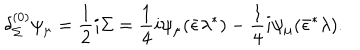
LaTeX: { \delta _ { \Sigma } ^ { ( 0 ) } \psi _ { \mu } = { \frac { 1 } { 2 } } i \Sigma = { \frac { 1 } { 4 } } i \psi _ { \mu } ( \bar { \epsilon } \lambda ^ { * } ) - { \frac { 1 } { 4 } } i \psi _ { \mu } ( \bar { \epsilon } ^ { * } \lambda ) . }